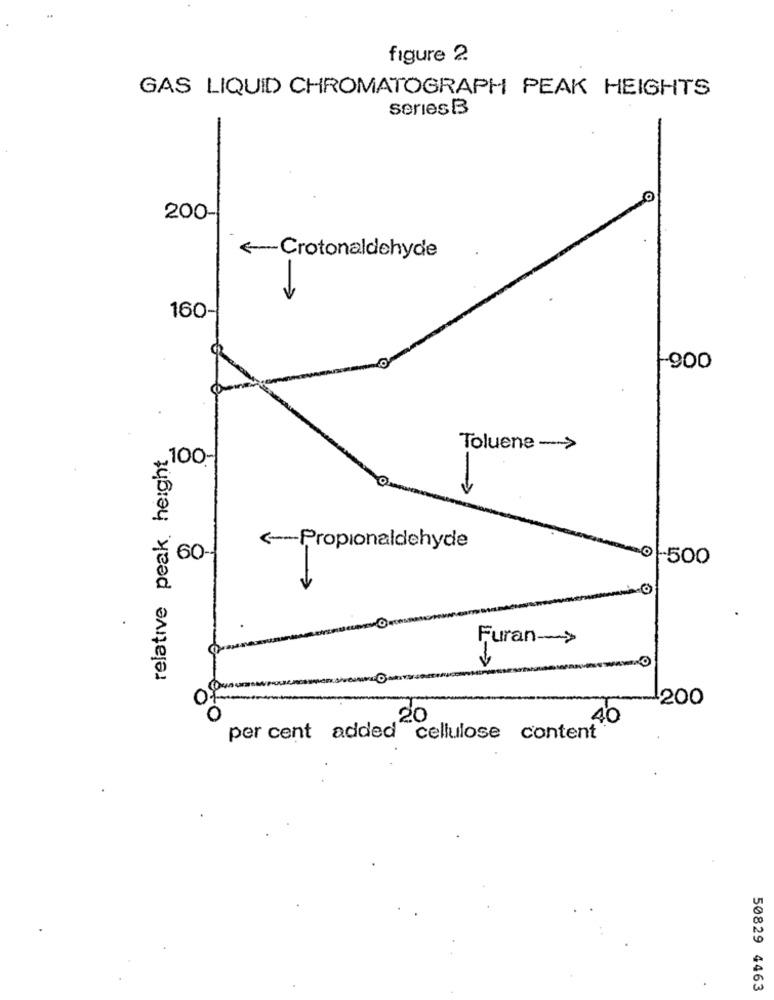
figure 2.
GAS LIQUID CHROMATOGRAPH PEAK HEIGHTS
series B
-
200-
<Crotonaldehyde
160-
-900
relative peak, height
Toluene -- >
,100-
<-- Propionaldehyde
60-
-500
Furan -- >
200
20
40
per cent added cellulose content
50829 4463